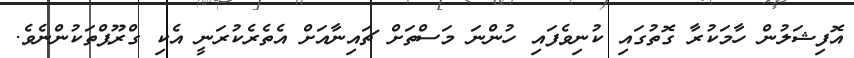
އޮފިޝަލުން ހާމަކުރާ ގޮތުގައި ކުނިވެފައި ހުންނަ މަސްތަށް ޗައިނާއަށް އެތެރެކުރަނީ އެކި ގްރޫޕްތަކުންނެވެ.